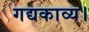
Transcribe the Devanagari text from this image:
गद्यकाव्य।